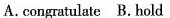
A.congratulate B. hold